Madras plague regulations and rules for district municipalities and other towns and villages
Disease focus: Plague
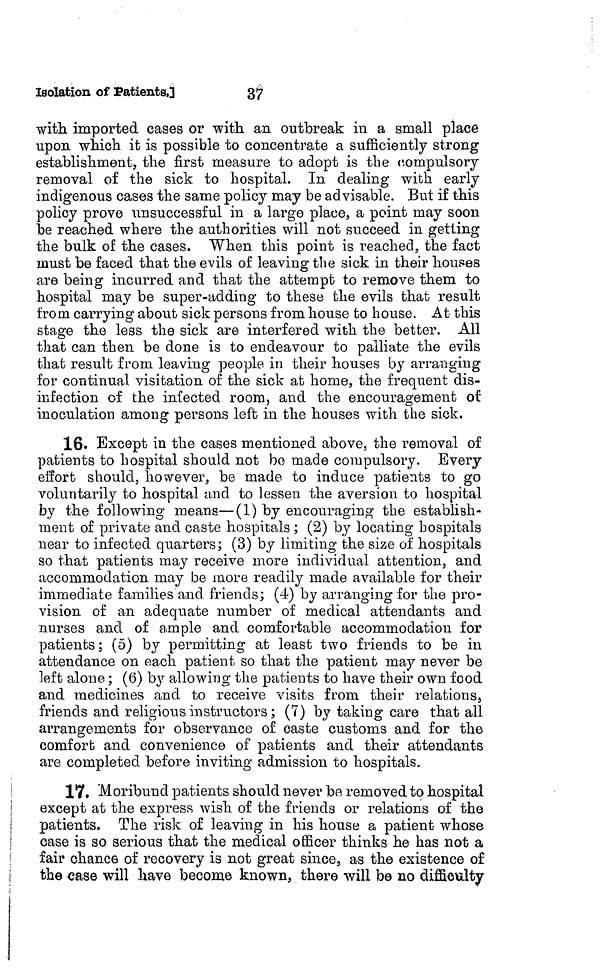
Isolation of Patients.]
37
with imported cases or with an outbreak in a small place
upon which it is possible to concentrate a sufficiently strong
establishment, the first measure to adopt is the compulsory
removal of the sick to hospital. In dealing with early
indigenous cases the same policy may be advisable. But if this
policy prove unsuccessful in a large place, a point may soon
be reached where the authorities will not succeed in getting
the bulk of the cases. When this point is reached, the fact
must be faced that the evils of leaving the sick in their houses
are being incurred and that the attempt to remove them to
hospital may be super-adding to these the evils that result
from carrying about sick persons from house to house. At this
stage the less the sick are interfered with the better. All
that can then be done is to endeavour to palliate the evils
that result from leaving people in their houses by arranging
for continual visitation of the sick at home, the frequent dis-
infection of the infected room, and the encouragement of
inoculation among persons left in the houses with the sick.
16. Except in the cases mentioned above, the removal of
patients to hospital should not be made compulsory. Every
effort should, however, be made to induce patients to go
voluntarily to hospital and to lessen the aversion to hospital
by the following means—(1) by encouraging the establish-
ment of private and caste hospitals ; (2) by locating hospitals
near to infected quarters; (3) by limiting the size of hospitals
so that patients may receive more individual attention, and
accommodation may be more readily made available for their
immediate families and friends; (4) by arranging for the pro-
vision of an adequate number of medical attendants and
nurses and of ample and comfortable accommodation for
patients ; (5) by permitting at least two friends to be in
attendance on each patient so that the patient may never be
left alone ; (6) by allowing the patients to have their own food
and medicines and to receive visits from their relations s
friends and religious instructors ; (7) by taking care that all
arrangements for observance of caste customs and for the
comfort and convenience of patients and their attendants
are completed before inviting admission to hospitals.
17. Moribund patients should never be removed to hospital
except at the express wish of the friends or relations of the
patients. The risk of leaving in his house a patient whose
case is so serious that the medical officer thinks he has not a
fair chance of recovery is not great since, as the existence of
the case will have become known, there will be no difficulty